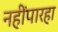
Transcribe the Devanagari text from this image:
नहींपारहा